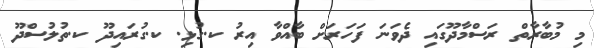
މި މުބާރާތް ރަސްމާދޫގައި ދެވަނަ ފަހަރަށް ބާއްވާ އިރު ކ.ގުޅި. ކ.ގުރައިދޫ ކ.ތުލުސްދޫ